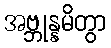
အဗ္ဘုန္နမိတွာ